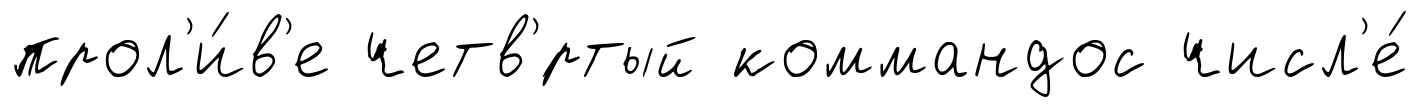
прол'и́в'е четв'́ртый коммандос числ'е́